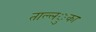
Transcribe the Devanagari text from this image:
ताल्ल्ुका